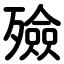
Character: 殮